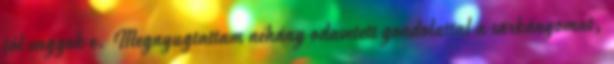
jól vagyok e. Megnyugtattam néhány odavetett gondolattal a sárkányomat,